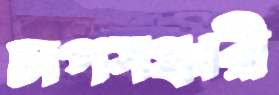
চাপসঞ্চারী